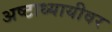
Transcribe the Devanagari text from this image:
अष्टाध्यायीवर